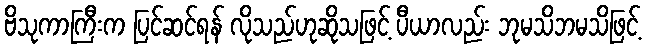
ဗိသုကာကြီးက ပြင်ဆင်ရန် လိုသည်ဟုဆိုသဖြင့် ပီယာလည်း ဘုမသိဘမသိဖြင့်